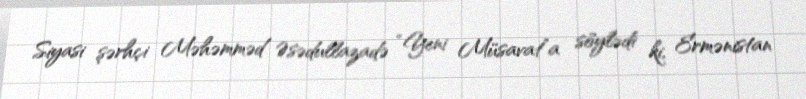
Siyasi şərhçi Məhəmməd Əsədullazadə “Yeni Müsavat”a söylədi ki, Ermənistan